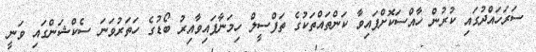
ސަރަހައްދުގައި ކުރުން ހާއްސަކޮށްފައިވާ ކަންތައްތަކުގެ ތަފްސީލް ހިމަނާފައިވާއިރު ބޯޑުގެ ހަތަރުވަނަ ސެކްޝަންގައި ވަނީ